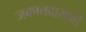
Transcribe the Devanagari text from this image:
जकातदारांनी